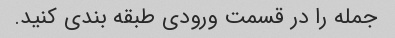
جمله را در قسمت ورودی طبقه بندی کنید.